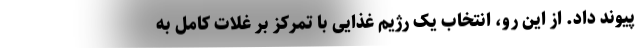
پیوند داد. از این رو، انتخاب یک رژیم غذایی با تمرکز بر غلات کامل به